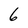
Character: 6